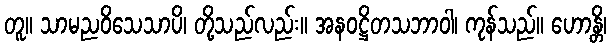
တူ။ သာမညဝိသေသာပိ၊ တို့သည်လည်း။ အနဝဋ္ဌိတသဘာဝါ၊ ကုန်သည်။ ဟောန္တိ၊